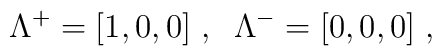
\Lambda^+ = [1,0,0]\;,\;\;  \Lambda^- = [0,0,0]\;,